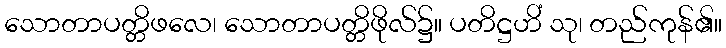
သောတာပတ္တိဖလေ၊ သောတာပတ္တိဖိုလ်၌။ ပတိဋ္ဌဟိံ သု၊ တည်ကုန်၏။